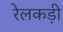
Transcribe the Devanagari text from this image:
रेलकड़ी